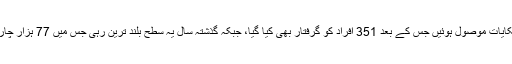
2011 میں پولیس کو ہراساں کرنے کی 14 ہزار چھ سو 18 شکایات موصول ہوئیں جس کے بعد 351 افراد کو گرفتار بھی کیا گیا، جبکہ گذشتہ سال یہ سطح بلند ترین رہی جس میں 77 ہزار چار سو 80 شکایات کی گئیں جبکہ گرفتاریوں کی تعداد 926 رہی۔